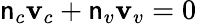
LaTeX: \mathsf{n}_{c}\mathbf{{v}}_{c}+\mathsf{n}_{v}\mathbf{{v}}_{v}=0